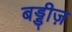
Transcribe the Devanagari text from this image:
बड्डीज़